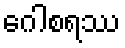
ဂေါစရဿ